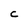
Character: C